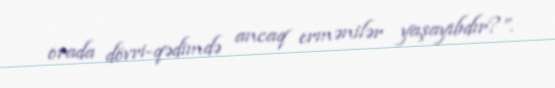
orada dövri-qədimdə ancaq ermənilər yaşayıbdır?”.